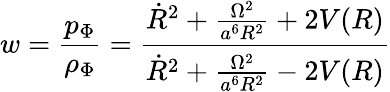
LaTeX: w=\frac{p_{\Phi}}{\rho_{\Phi}}=\frac{\dot{R}^{2}+\frac{\Omega^{2}}{a^{6}R^{2}}+2V(R)}{\dot{R}^{2}+\frac{\Omega^{2}}{a^{6}R^{2}}-2V(R)}